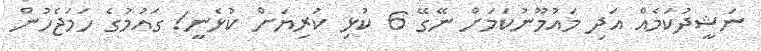
ނަޝީދުކަމެއް އަދި މައުމޫނުކަމަށް ނޭގޭ 6 ކުޅި ކުރިޔަށް ކުޅެނީ! ގައުމުގެ ހަމަޖެހުން